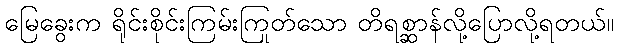
မြေခွေးက ရိုင်းစိုင်းကြမ်းကြုတ်သော တိရစ္ဆာန်လို့ပြောလို့ရတယ်။